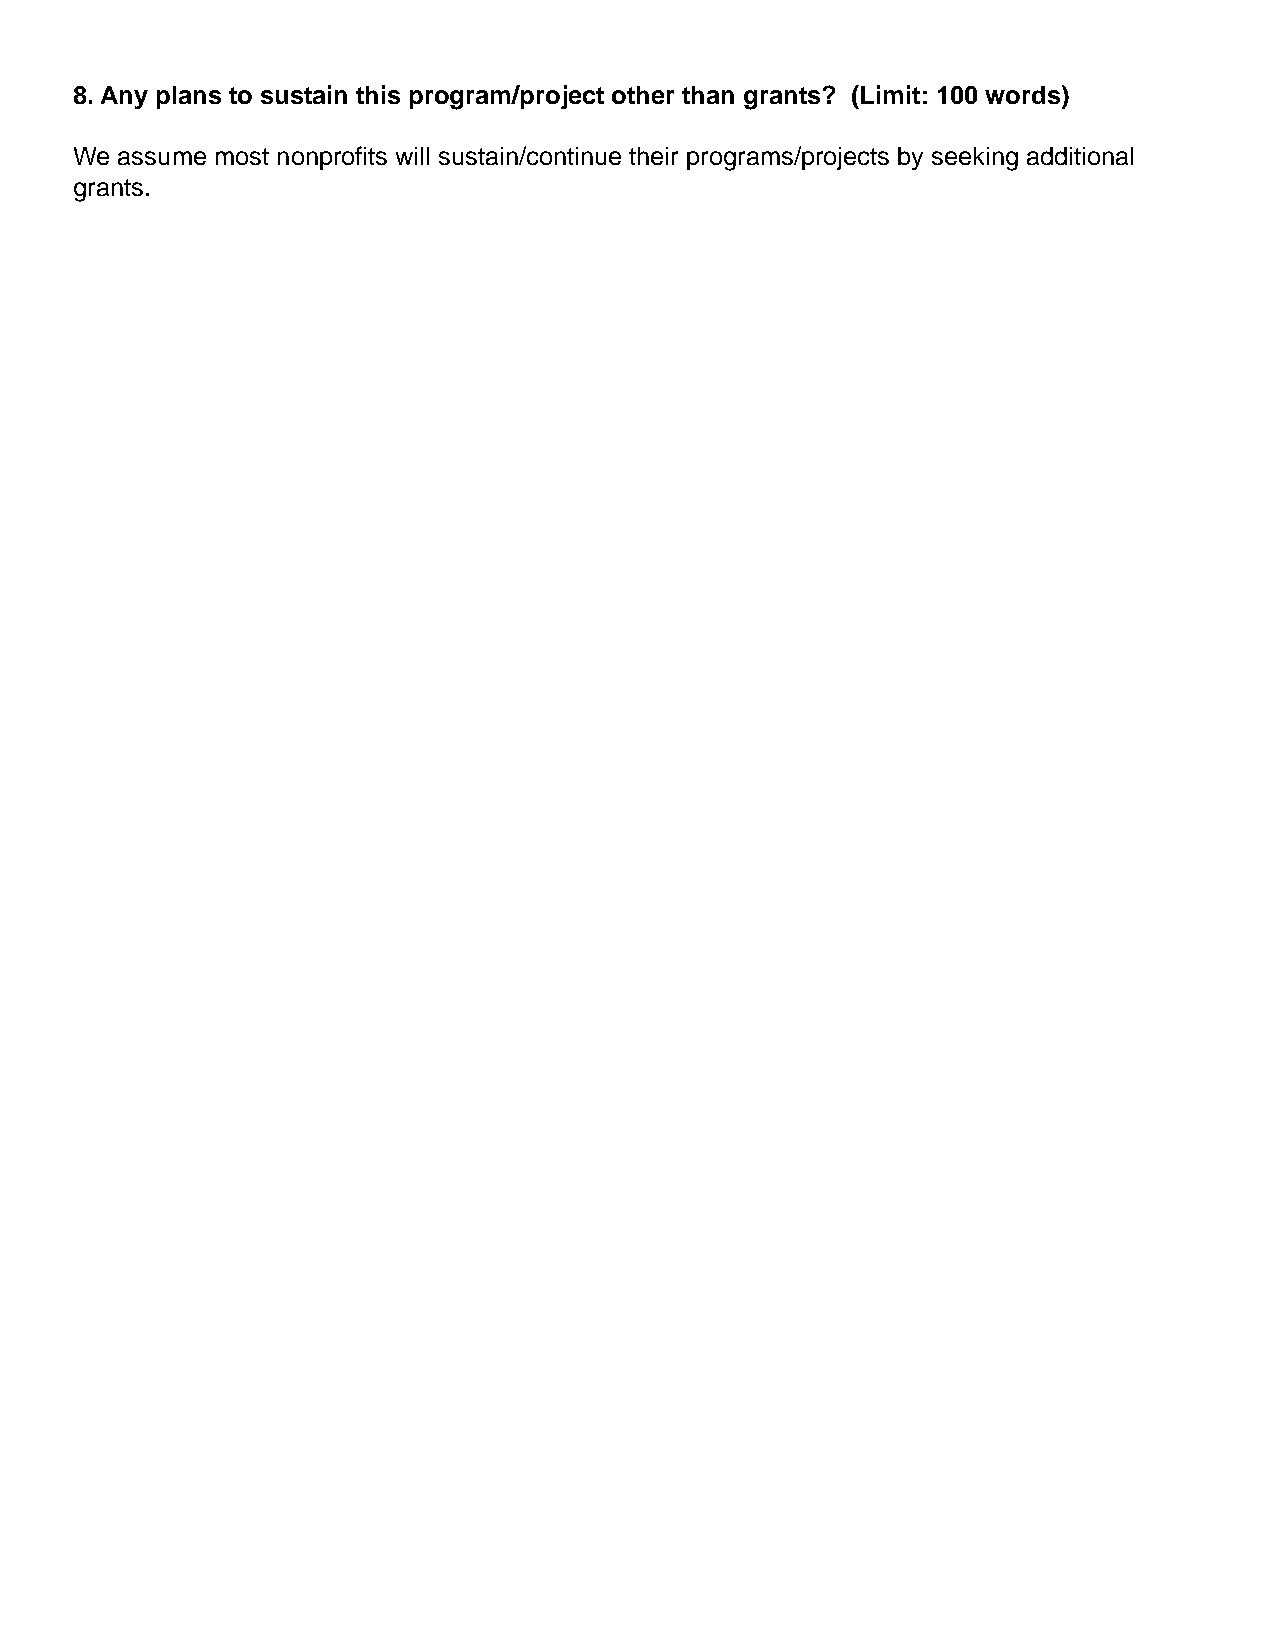
8. Any plans to sustain this program/project other than grants? (Limit: 100 words)
 We assume most nonprofits will sustain/continue their programs/projects by seeking additional
 grants.